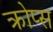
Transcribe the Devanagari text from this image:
क्रोप्स